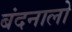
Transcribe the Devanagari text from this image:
बंदनालो